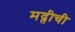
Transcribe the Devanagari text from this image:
मद्तीची